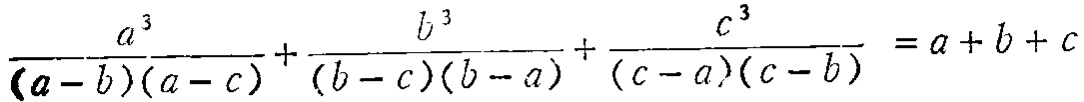
\(\frac{a^{3}}{(a - b)(a - c)}+\frac{b^{3}}{(b - c)(b - a)}+\frac{c^{3}}{(c - a)(c - b)}=a + b + c\)